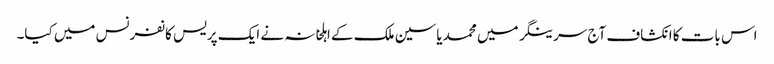
اس بات کا انکشاف آج سرینگر میں محمد یاسین ملک کے اہلخانہ نے ایک پریس کانفرنس میں کیا۔